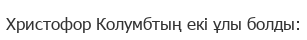
Христофор Колумбтың екі ұлы болды: